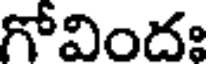
గోవిందః